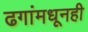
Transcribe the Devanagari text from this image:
ढगांमधूनही